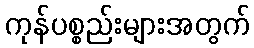
ကုန်ပစ္စည်းများအတွက်